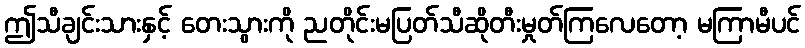
ဤသီချင်းသားနှင့် တေးသွားကို ညတိုင်းမပြတ်သီဆိုတီးမှုတ်ကြလေတော့ မကြာမီပင်